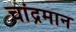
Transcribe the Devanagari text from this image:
चांद्रमान